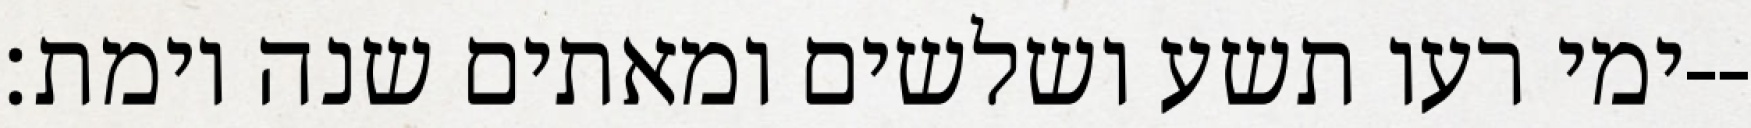
ימי רעו תשע ושלשים ומאתים שנה וימת׃--